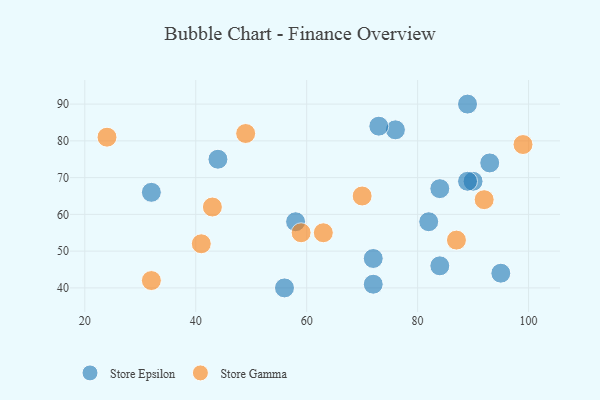
{"axis": {"x": "GDP", "y": "Life Expectancy"}, "legend": ["Store Epsilon", "Store Gamma"], "data": [{"x": "90", "y": 69, "type": "Store Epsilon"}, {"x": "76", "y": 83, "type": "Store Epsilon"}, {"x": "56", "y": 40, "type": "Store Epsilon"}, {"x": "72", "y": 48, "type": "Store Epsilon"}, {"x": "82", "y": 58, "type": "Store Epsilon"}, {"x": "73", "y": 84, "type": "Store Epsilon"}, {"x": "84", "y": 46, "type": "Store Epsilon"}, {"x": "72", "y": 41, "type": "Store Epsilon"}, {"x": "89", "y": 69, "type": "Store Epsilon"}, {"x": "89", "y": 90, "type": "Store Epsilon"}, {"x": "44", "y": 75, "type": "Store Epsilon"}, {"x": "58", "y": 58, "type": "Store Epsilon"}, {"x": "95", "y": 44, "type": "Store Epsilon"}, {"x": "32", "y": 66, "type": "Store Epsilon"}, {"x": "93", "y": 74, "type": "Store Epsilon"}, {"x": "84", "y": 67, "type": "Store Epsilon"}, {"x": "92", "y": 64, "type": "Store Gamma"}, {"x": "63", "y": 55, "type": "Store Gamma"}, {"x": "32", "y": 42, "type": "Store Gamma"}, {"x": "49", "y": 82, "type": "Store Gamma"}, {"x": "87", "y": 53, "type": "Store Gamma"}, {"x": "41", "y": 52, "type": "Store Gamma"}, {"x": "59", "y": 55, "type": "Store Gamma"}, {"x": "43", "y": 62, "type": "Store Gamma"}, {"x": "70", "y": 65, "type": "Store Gamma"}, {"x": "99", "y": 79, "type": "Store Gamma"}, {"x": "24", "y": 81, "type": "Store Gamma"}]}